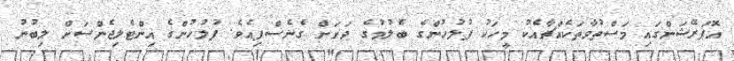
އޮޕަރޭޝަންގައި މަސްތުވާތަކެއްޗާއެކު މީހަކު ފުލުހުންގެ ބެލުމުގެ ދަށަށް ގެނެސްފިއެވެ. ފުލުހުންގެ އިންޓެލިޖެންސަށް ލިބުނު